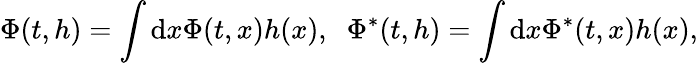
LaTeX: \Phi(t,h)=\int\mathrm{d}x\Phi(t,x)h(x),\; \; \Phi^{*}(t,h)=\int\mathrm{d}x\Phi^{*}(t,x)h(x),